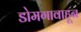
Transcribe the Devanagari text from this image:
डोमगावाहून